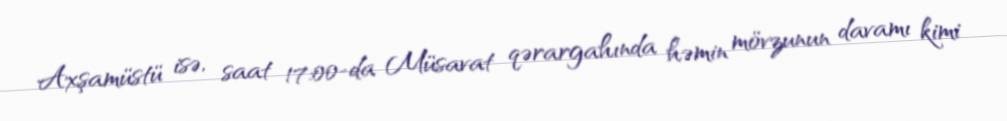
Axşamüstü isə, saat 17:00-da Müsavat qərargahında həmin mövzunun davamı kimi